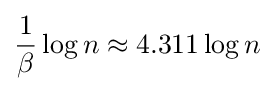
\displaystyle {\frac {1}{\beta }}\log n\approx 4.311\log n